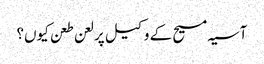
آسیہ مسیح کے وکیل پر لعن طعن کیوں؟